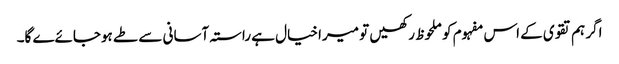
اگر ہم تقوی کے اس مفہوم کو ملحوظ رکھیں تو میرا خیال ہے راستہ آسانی سے طے ہوجائےے گا۔